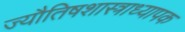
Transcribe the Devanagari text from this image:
ज्यौतिषशास्त्राध्यापक